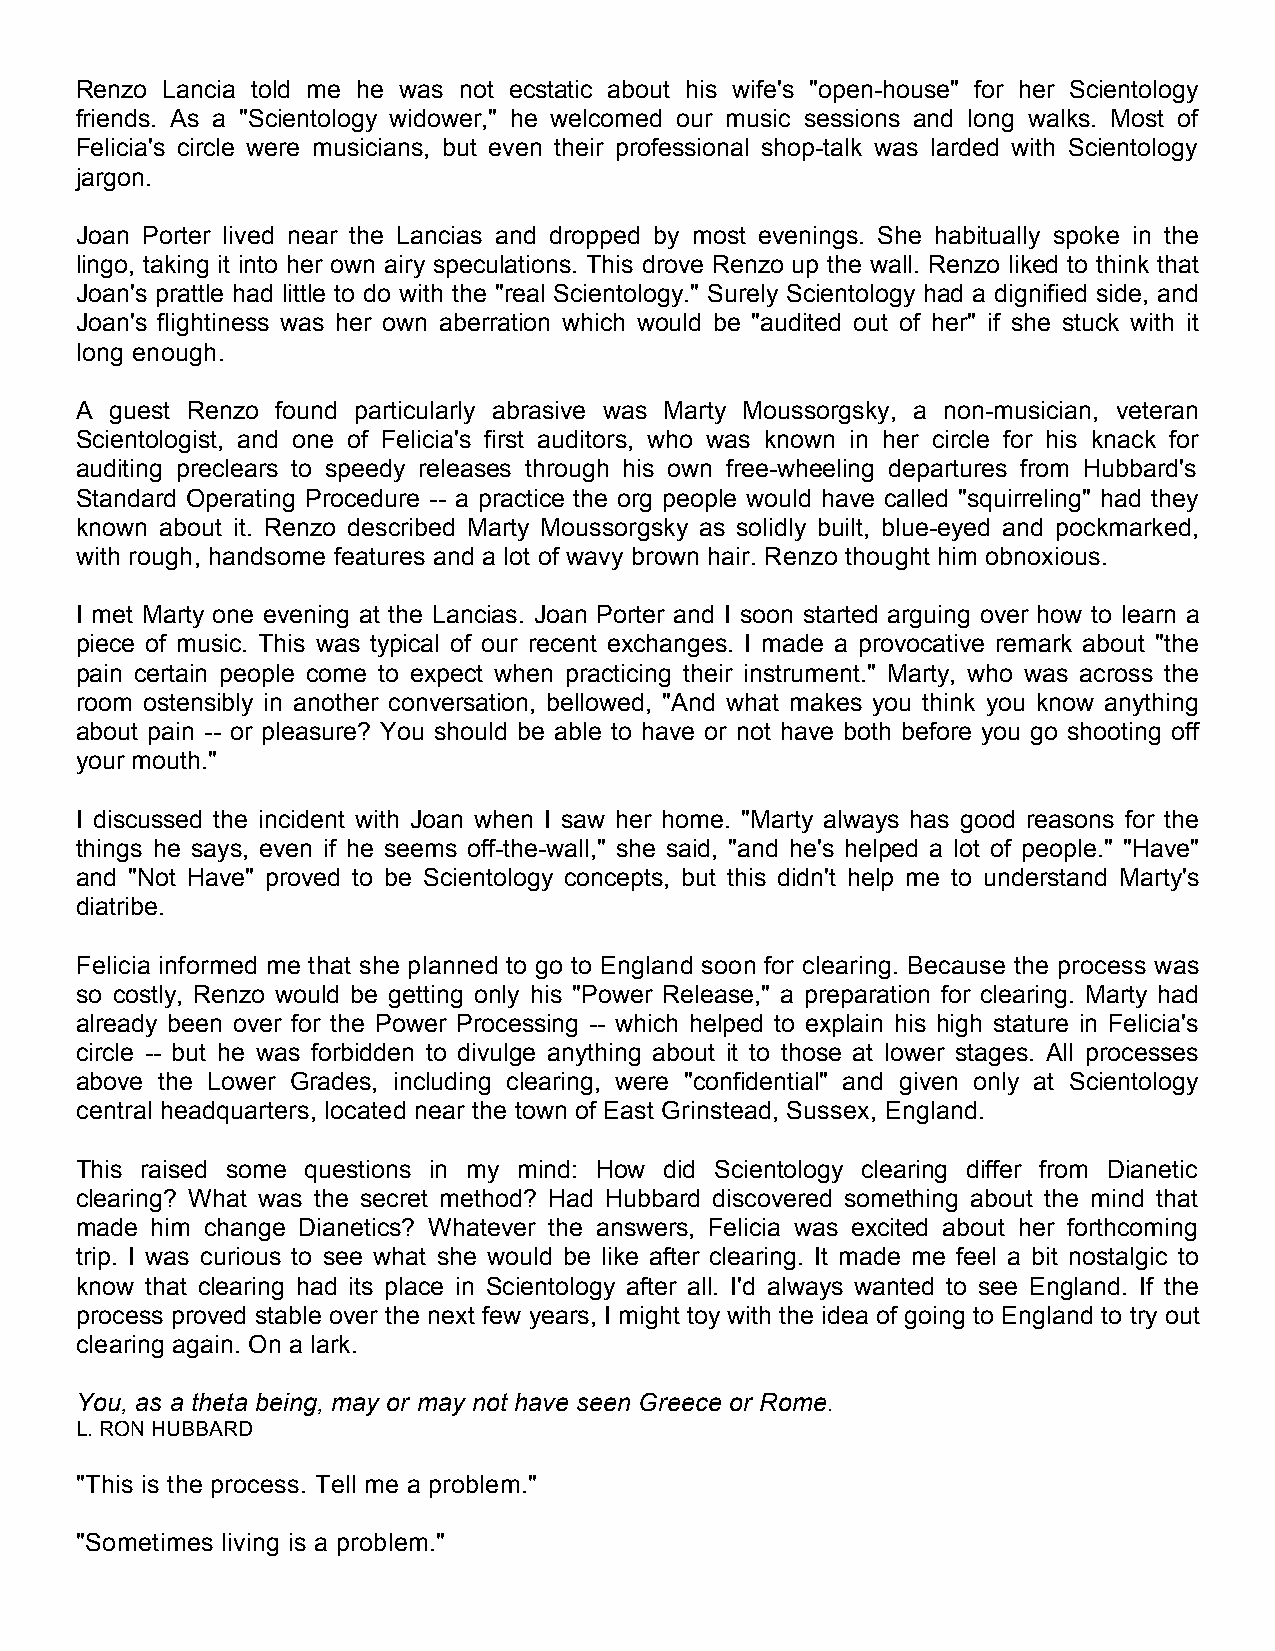
Renzo Lancia told me he was not ecstatic about his wife's "open-house" for her Scientology
 friends. As a "Scientology widower," he welcomed our music sessions and long walks. Most of
 Felicia's circle were musicians, but even their professional shop-talk was larded with Scientology
 jargon.
 Joan Porter lived near the Lancias and dropped by most evenings. She habitually spoke in the
 lingo, taking it into her own airy speculations. This drove Renzo up the wall. Renzo liked to think that
 Joan's prattle had little to do with the "real Scientology." Surely Scientology had a dignified side, and
 Joan's flightiness was her own aberration which would be "audited out of her" if she stuck with it
 long enough.
 A guest Renzo found particularly abrasive was Marty Moussorgsky, a non-musician, veteran
 Scientologist, and one of Felicia's first auditors, who was known in her circle for his knack for
 auditing preclears to speedy releases through his own free-wheeling departures from Hubbard's
 Standard Operating Procedure -- a practice the org people would have called "squirreling" had they
 known about it. Renzo described Marty Moussorgsky as solidly built, blue-eyed and pockmarked,
 with rough, handsome features and a lot of wavy brown hair. Renzo thought him obnoxious.
 I met Marty one evening at the Lancias. Joan Porter and I soon started arguing over how to learn a
 piece of music. This was typical of our recent exchanges. I made a provocative remark about "the
 pain certain people come to expect when practicing their instrument." Marty, who was across the
 room ostensibly in another conversation, bellowed, "And what makes you think you know anything
 about pain -- or pleasure? You should be able to have or not have both before you go shooting off
 your mouth."
 I discussed the incident with Joan when I saw her home. "Marty always has good reasons for the
 things he says, even if he seems off-the-wall," she said, "and he's helped a lot of people." "Have"
 and "Not Have" proved to be Scientology concepts, but this didn't help me to understand Marty's
 diatribe.
 Felicia informed me that she planned to go to England soon for clearing. Because the process was
 so costly, Renzo would be getting only his "Power Release," a preparation for clearing. Marty had
 already been over for the Power Processing -- which helped to explain his high stature in Felicia's
 circle -- but he was forbidden to divulge anything about it to those at lower stages. All processes
 above the Lower Grades, including clearing, were "confidential" and given only at Scientology
 central headquarters, located near the town of East Grinstead, Sussex, England.
 This raised some questions in my mind: How did Scientology clearing differ from Dianetic
 clearing? What was the secret method? Had Hubbard discovered something about the mind that
 made him change Dianetics? Whatever the answers, Felicia was excited about her forthcoming
 trip. I was curious to see what she would be like after clearing. It made me feel a bit nostalgic to
 know that clearing had its place in Scientology after all. I'd always wanted to see England. If the
 process proved stable over the next few years, I might toy with the idea of going to England to try out
 clearing again. On a lark.
 You, as a theta being, may or may not have seen Greece or Rome.
 L. RON HUBBARD
 "This is the process. Tell me a problem."
 "Sometimes living is a problem."